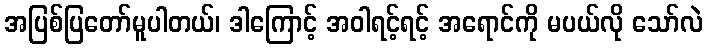
အပြစ်ပြတော်မူပါတယ်၊ ဒါကြောင့် အဝါရင့်ရင့် အရောင်ကို မပယ်လို သော်လဲ